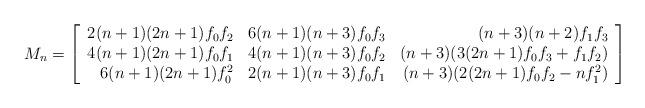
LaTeX: \begin{align*}M_n = \left[\begin{array}{rrr}2(n+1)(2n+1)f_0f_2 & 6(n+1)(n+3)f_0f_3 & (n+3)(n+2)f_1f_3\\4(n+1)(2n+1)f_0f_1 & 4(n+1)(n+3)f_0f_2 & (n+3)(3(2n+1)f_0f_3+f_1f_2)\\6(n+1)(2n+1)f_0^2 & 2(n+1)(n+3)f_0f_1 & (n+3)(2(2n+1)f_0f_2-nf_1^2)\end{array}\right]\end{align*}